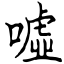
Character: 噓